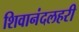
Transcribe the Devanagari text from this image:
शिवानंदलहरी